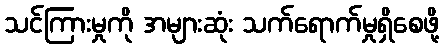
သင်ကြားမှုကို အများဆုံး သက်ရောက်မှုရှိစေဖို့